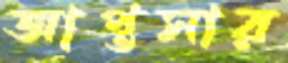
আপ্তসার